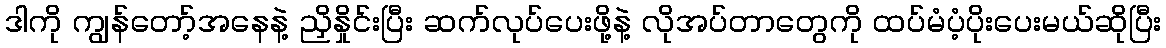
ဒါကို ကျွန်တော့်အနေနဲ့ ညှိနှိုင်းပြီး ဆက်လုပ်ပေးဖို့နဲ့ လိုအပ်တာတွေကို ထပ်မံပံ့ပိုးပေးမယ်ဆိုပြီး